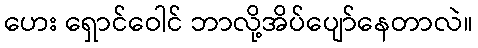
ဟေး ရှောင်ဝေါင် ဘာလို့အိပ်ပျော်နေတာလဲ။